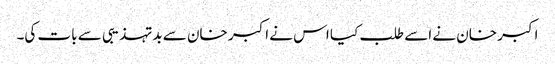
اکبر خان نے اسے طلب کیا اس نے اکبر خان سے بدتہذیبی سے بات کی۔